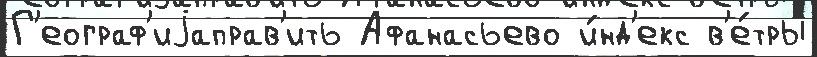
Г'еограф'иjаправ'ить Афанасьево и́нд'екс в'е́тры